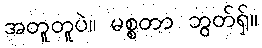
အတူတူပဲ။ မစ္စတာ ဘွတ်ရှ်။